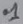
Text: .1